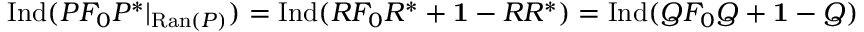
\mathrm { I n d } ( P F _ { 0 } P ^ { * } | _ { \mathrm { R a n } ( P ) } ) = \mathrm { I n d } ( R F _ { 0 } R ^ { * } + { \bf 1 } - R R ^ { * } ) = \mathrm { I n d } ( Q F _ { 0 } Q + { \bf 1 } - Q )